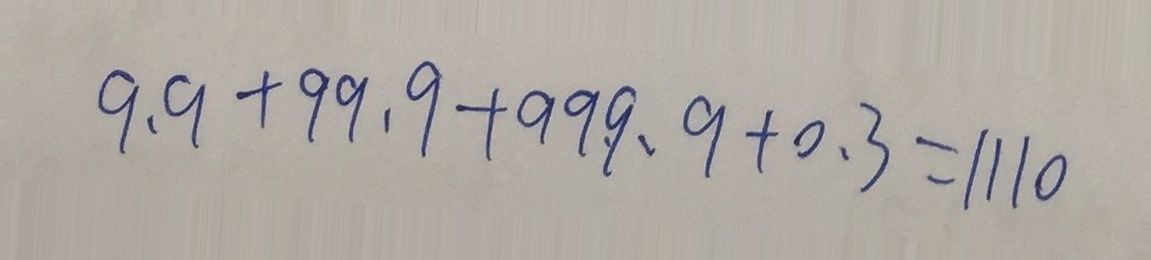
9 . 9 + 9 9 . 9 + 9 9 9 . 9 + 0 . 3 = 1 1 1 0